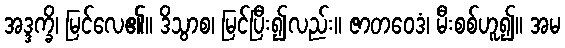
အဒ္ဒက္ခိ၊ မြင်လေ၏။ ဒိသွာစ၊ မြင်ပြီး၍လည်း။ ဇာတဝေဒံ၊ မီးစစ်ဟူ၍။ အမ